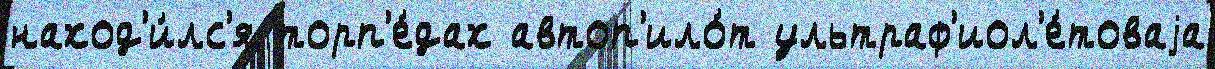
наход'и́лс'я торп'е́дах автоп'ило́т ультраф'иол'е́товаjа